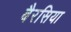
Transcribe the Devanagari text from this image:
बैरसिया